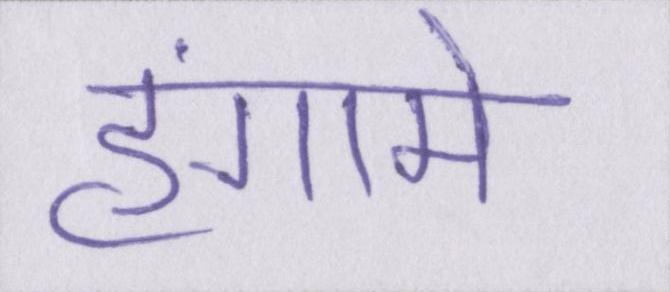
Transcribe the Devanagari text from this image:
हंगामे